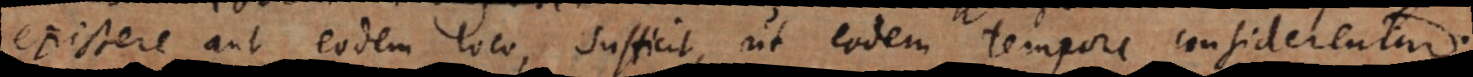
existere aut eodem loco, sufficit, ut eodem tempore considerentur.